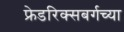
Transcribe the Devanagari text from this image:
फ्रेडरिक्सबर्गच्या